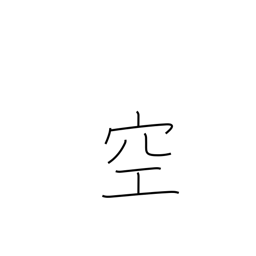
Meaning: vacant